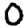
Digit: 0